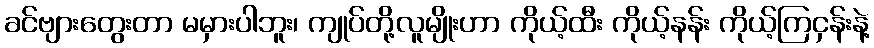
ခင်ဗျားတွေးတာ မမှားပါဘူး၊ ကျုပ်တို့လူမျိုးဟာ ကိုယ့်ထီး ကိုယ့်နန်း ကိုယ့်ကြငှန်းနဲ့